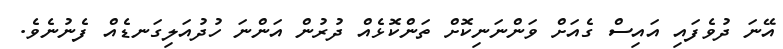
އޭނަ ދުވެފައި އައިސް ގެއަށް ވަންނަނިކޮށް ތަންކޮޅެއް ދުރުން އަންނަ ހުދުއަލިގަނޑެއް ފެނުނެވެ.